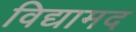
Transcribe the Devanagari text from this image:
विद्यामद